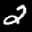
Label: 2